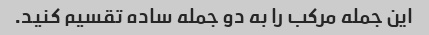
این جمله مرکب را به دو جمله ساده تقسیم کنید.